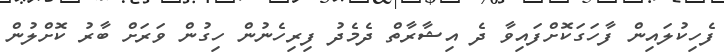
ފެހިކުލައިން ފާހަގަކޮށްފައިވާ ދެ އިޝާރާތް ދެމެދު ފިރިހެނުން ހިގުން ވަރަށް ބާރު ކޮށްލުން